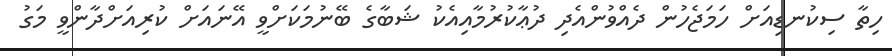
ހިތާ ސިކުނޑިއަށް ހަމަޖެހުން ދެއްވުންއެދި ދުޢާކުރުމާއިއެކު ޝަބާގެ ބޭނުމަކަށްވީ އޭނައަށް ކުރިއަށްދާންވީ މަގު